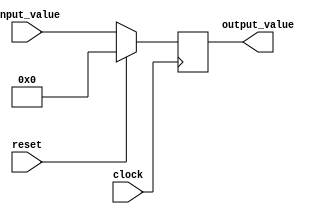
module register #(parameter len = 32) (input clock, 
	input reset,
	input [len-1:0] input_value, 
	output reg [len-1:0] output_value);

    always @ (posedge clock)
    begin
        if (reset) output_value = 0;
        else output_value = input_value;
    end 

endmodule